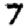
Digit: 7